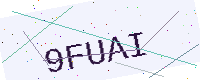
Text: 9FUAI